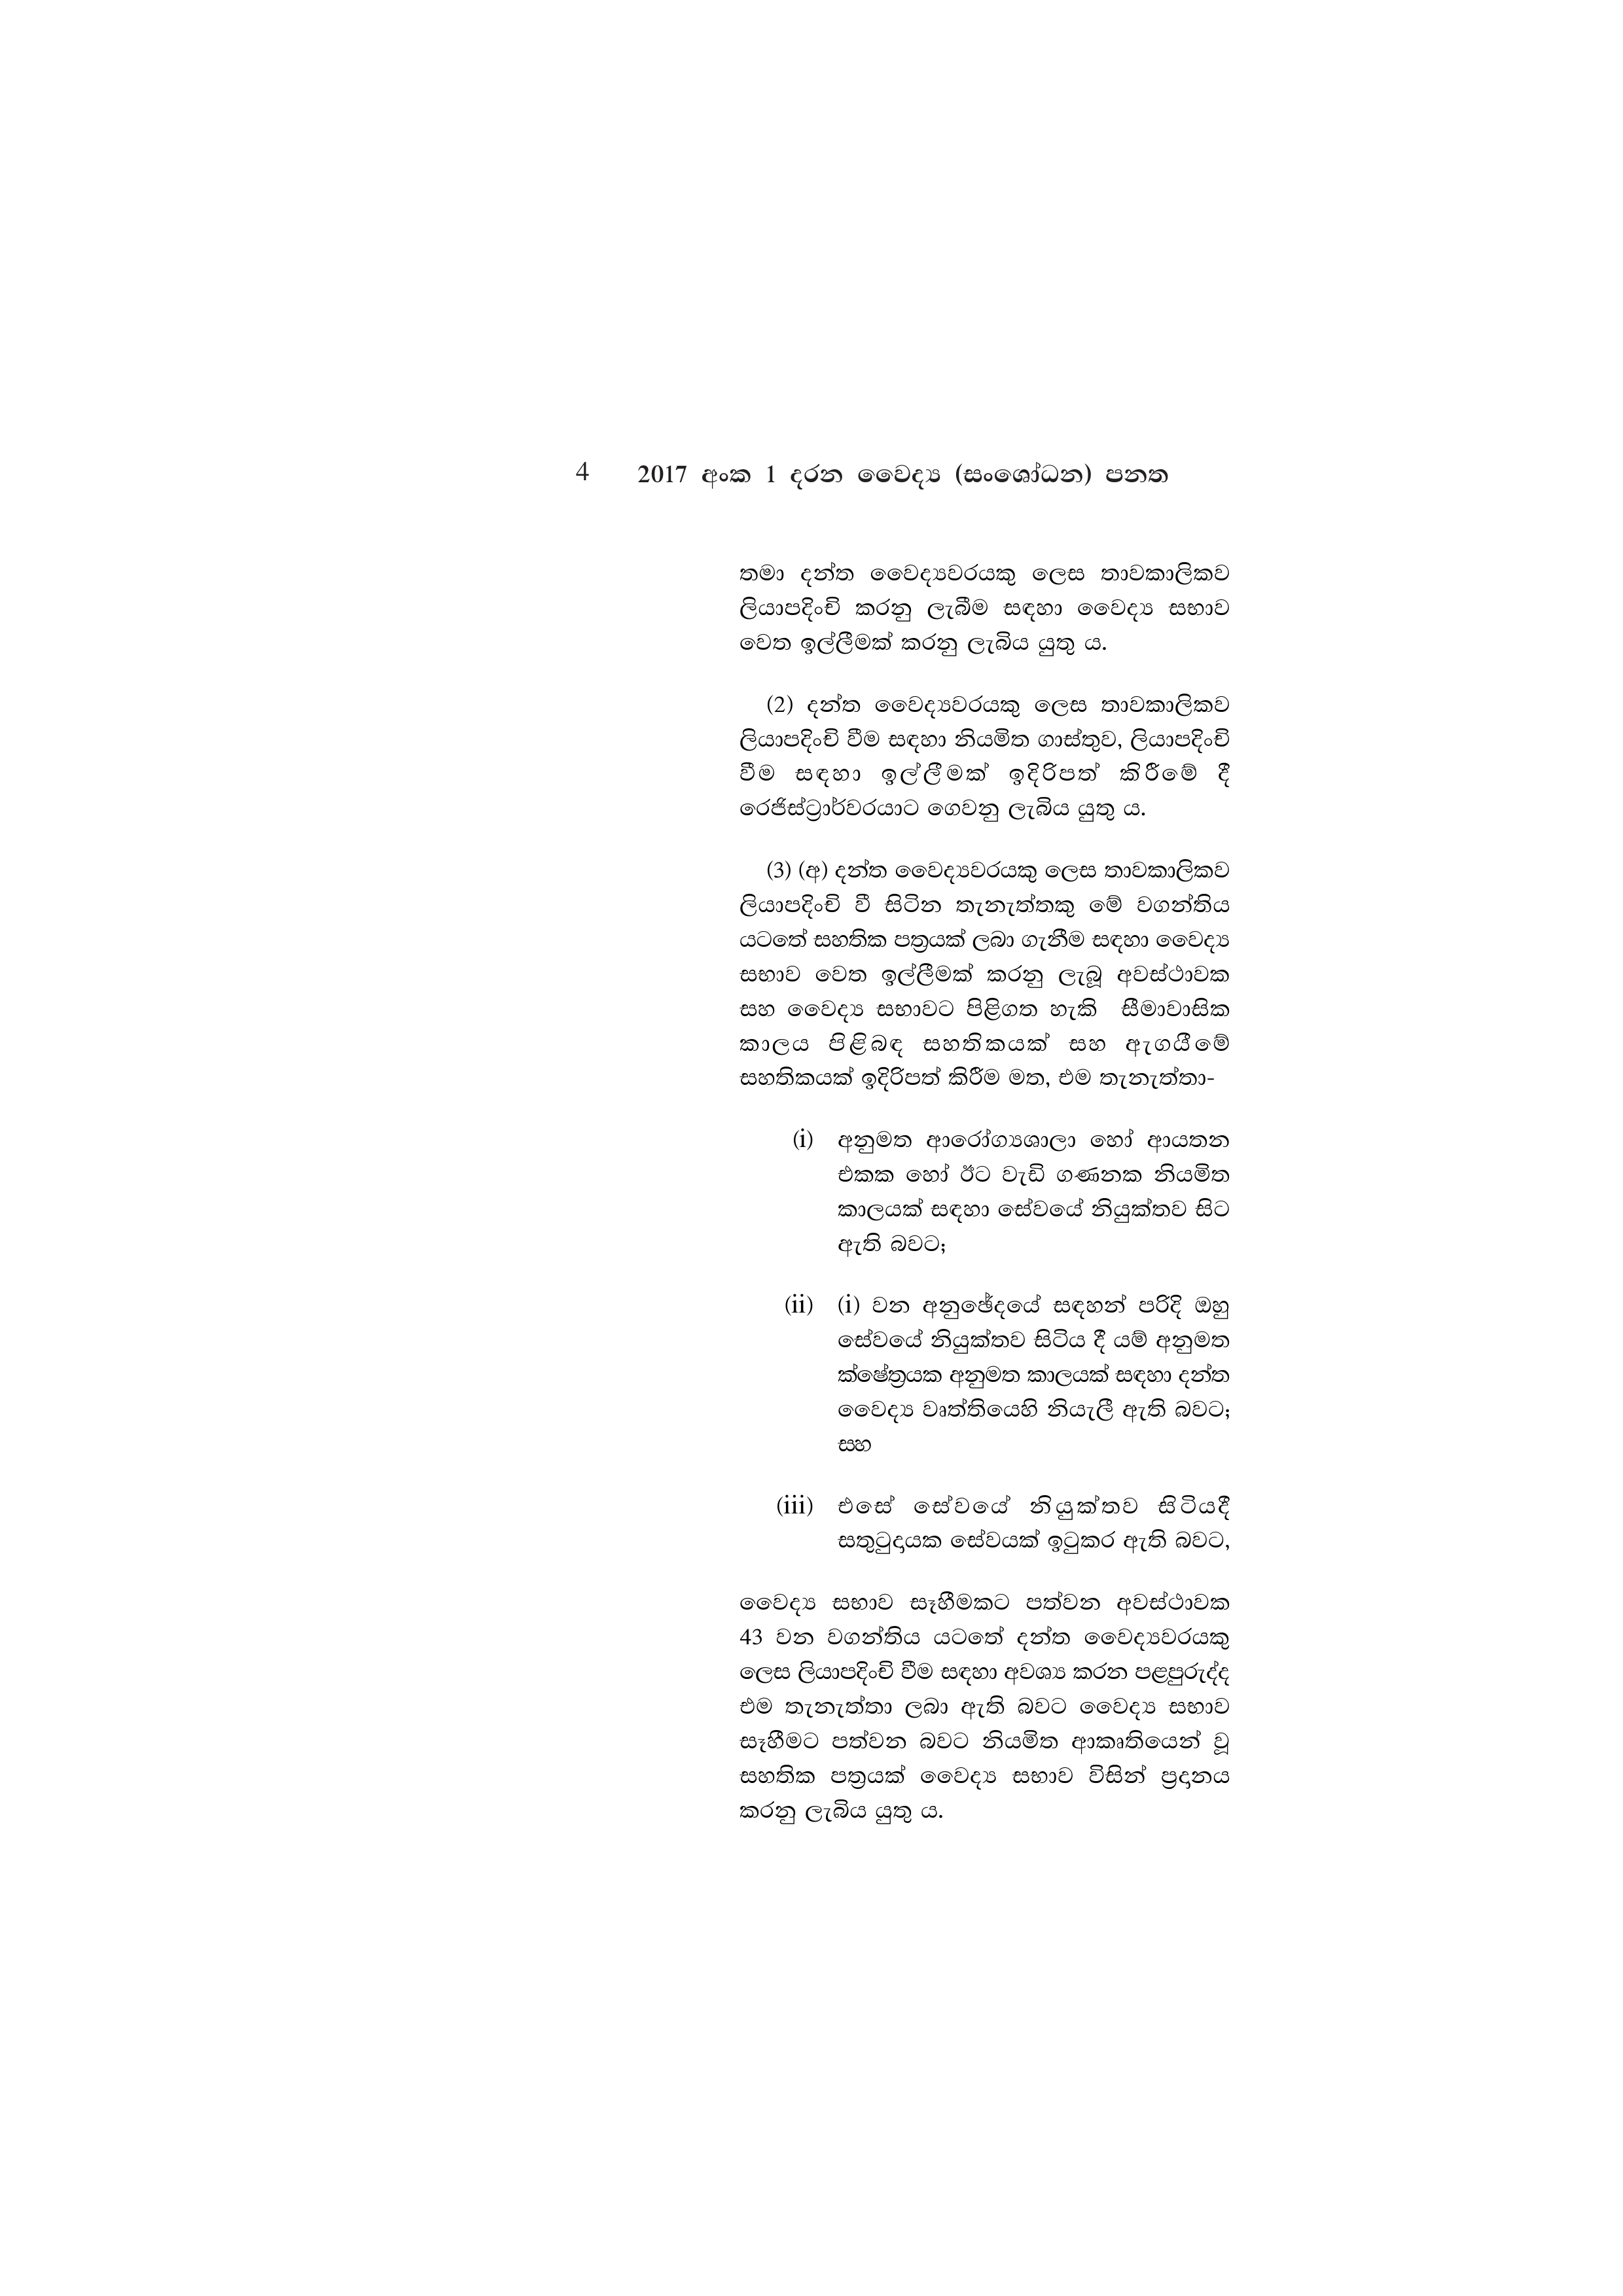
4 2017 අංක 1 දරන වෛද්‍ය (සංශෝධන) පනත

තමා දන්ත වෛද්‍යවරයකු ලෙස තාවකාලිකව
ලියාපදිංචි කරනු ලැබීම සඳහා වෛද්‍ය සභාව
වෙත ඉල්ලීමක් කරනු ලැබිය යුතු ය.

(2) දන්ත වෛද්‍යවරයකු ලෙස තාවකාලිකව
ලියාපදිංචි වීම සඳහා නියමිත ගාස්තුව, ලියාපදිංචි
වීම සඳහා ඉල්ලීමක් ඉදිරිපත් කිරීමේ දී
රෙජිස්ට්‍රාර්වරයාට ගෙවනු ලැබිය යුතු ය.

(3) (අ) දන්ත වෛද්‍යවරයකු ලෙස තාවකාලිකව
ලියාපදිංචි වී සිටින තැනැත්තකු මේ වගන්තිය
යටතේ සහතික පත්‍රයක් ලබා ගැනීම සඳහා වෛද්‍ය
සභාව වෙත ඉල්ලීමක් කරනු ලැබූ අවස්ථාවක
සහ වෛද්‍ය සභාවට පිළිගත හැකි සීමාවාසික
කාලය පිළිබඳ සහතිකයක් සහ ඇගයීමේ
සහතිකයක් ඉදිරිපත් කිරීම මත, එම තැනැත්තා-

(i) අනුමත ආරෝග්‍යශාලා හෝ ආයතන
එකක හෝ ඊට වැඩි ගණනක නියමිත
කාලයක් සඳහා සේවයේ නියුක්තව සිට
ඇති බවට;

(ii) (i) වන අනුඡේදයේ සඳහන් පරිදි ඔහු
සේවයේ නියුක්තව සිටිය දී යම් අනුමත
ක්ෂේත්‍රයක අනුමත කාලයක් සඳහා දන්ත
වෛද්‍ය වෘත්තියෙහි නියැලී ඇති බවට;
සහ

(iii) එසේ සේවයේ නියුක්තව සිටියදී
සතුටුදායක සේවයක් ඉටුකර ඇති බවට,

වෛද්‍ය සභාව සෑහීමකට පත්වන අවස්ථාවක
43 වන වගන්තිය යටතේ දන්ත වෛද්‍යවරයකු
ලෙස ලියාපදිංචි වීම සඳහා අවශ්‍ය කරන පළපුරුද්ද
එම තැනැත්තා ලබා ඇති බවට වෛද්‍ය සභාව
සෑහීමට පත්වන බවට නියමිත ආකෘතියෙන් වූ
සහතික පත්‍රයක් වෛද්‍ය සභාව විසින් ප්‍රදානය
කරනු ලැබිය යුතු ය.